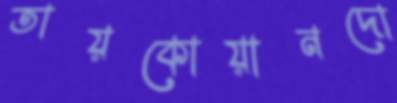
তায়কোয়ানদো